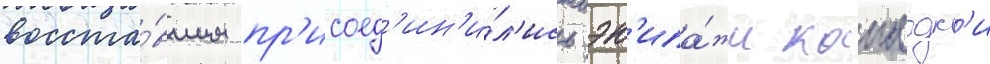
восста́вшим пр'исоед'ин'и́л'ись эк'ипа́жи канлодк'и